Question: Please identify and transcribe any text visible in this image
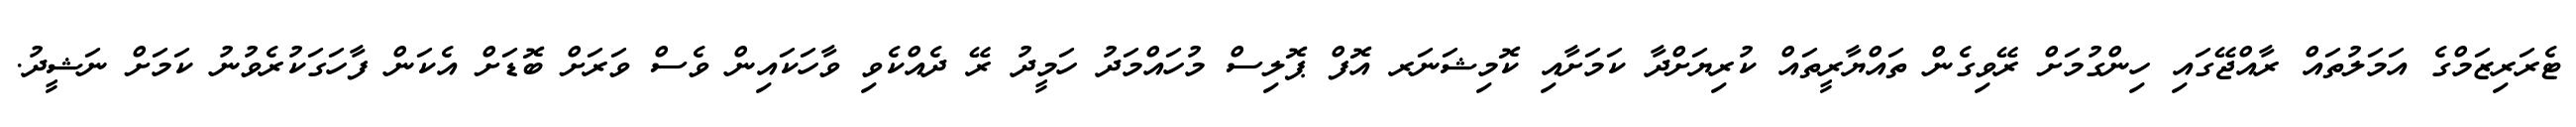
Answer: ޓެރަރިޒަމްގެ އަމަލުތައް ރާއްޖޭގައި ހިންގުމަށް ރޭވިގެން ތައްޔާރީތައް ކުރިޔަށްދާ ކަމަށާއި ކޮމިޝަނަރ އޮފް ޕޮލިސް މުހައްމަދު ހަމީދު ރޭ ދެއްކެވި ވާހަކައިން ވެސް ވަރަށް ބޮޑަށް އެކަން ފާހަގަކުރެވުނު ކަމަށް ނަޝީދު.